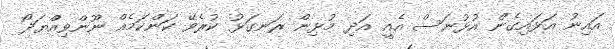
އައިނު އަޅައިގެން އުޅުނަސް އެއީ އަދި މުޅިން ރަނގަޅު ކުރެވޭ ކަންކަމެއް ނޫންވިއްޔަދޯ